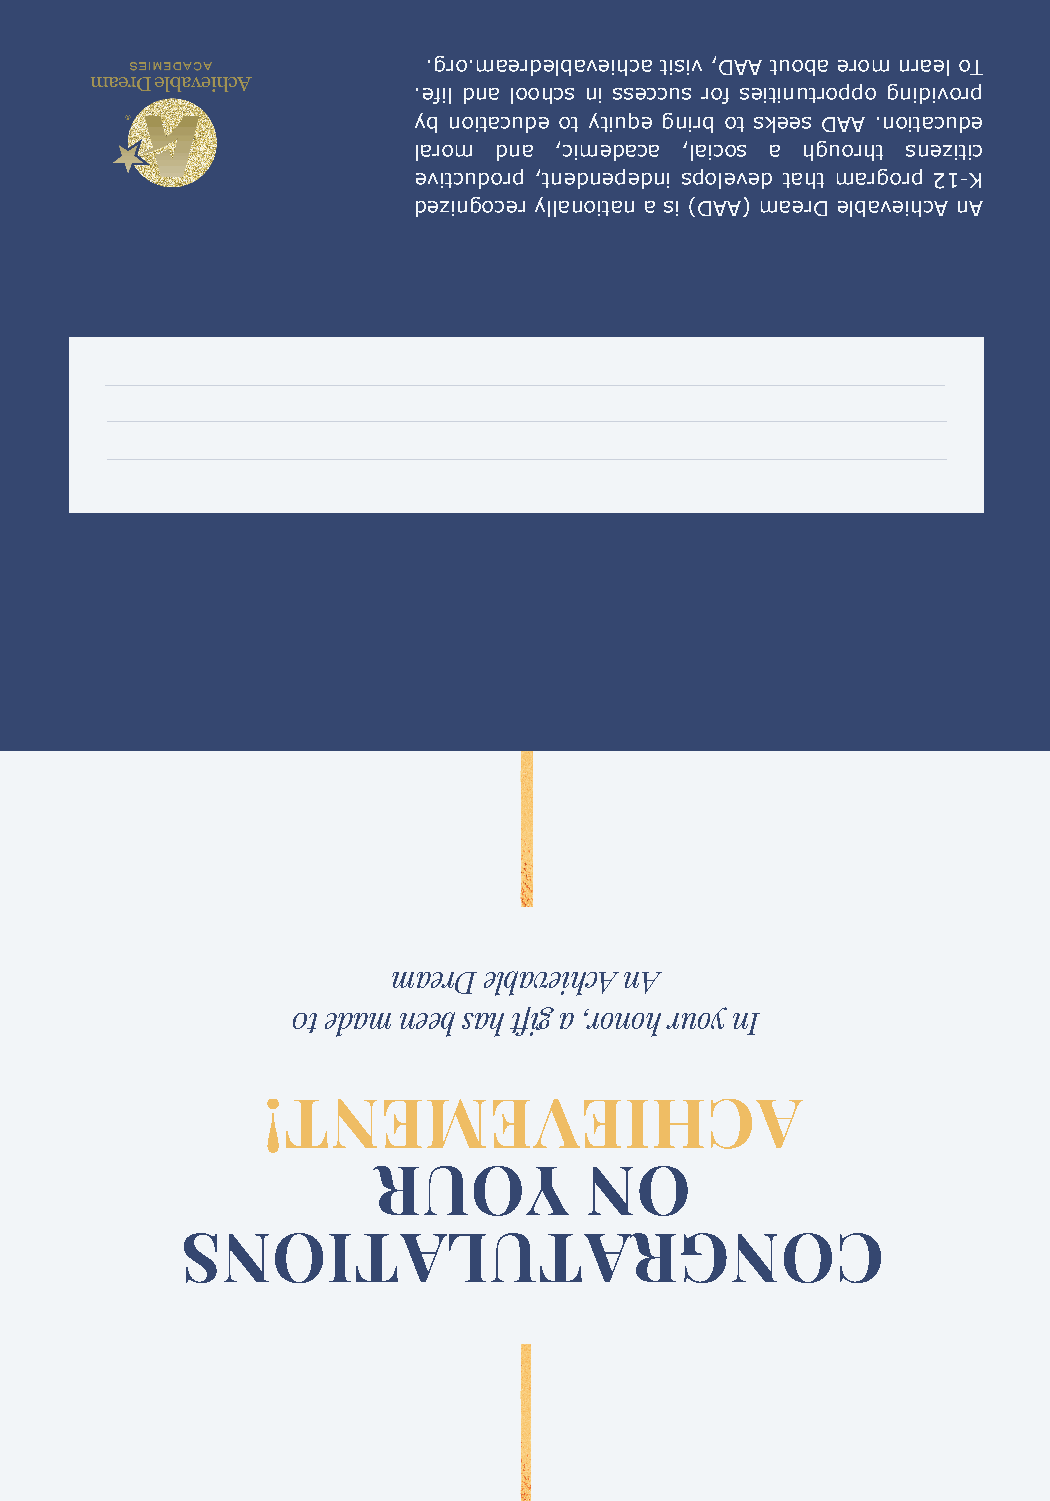
.gro.maerdelbaveihca tisiv ,DAA tuoba erom nrael oT
 .efil dna loohcs ni sseccus rof seitinutroppo gnidivorp
 yb noitacude ot ytiuqe gnirb ot skees DAA .noitacude
 larom dna ,cimedaca ,laicos a hguorht snezitic
 evitcudorp ,tnednepedni spoleved taht margorp 21-K
 dezingocer yllanoitan a si )DAA( maerD elbaveihcA nA
 maerD elbaveihcA nA
 0t edam neeb sah tfig a ,ronoh ruoy nI
 !TNEMEVEIHCA
 RUOY          NO
 SNOITALUTARGNOC